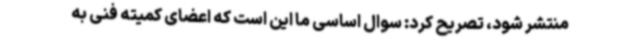
منتشر شود، تصریح کرد: سوال اساسی ما این است که اعضای کمیته فنی به